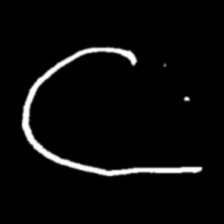
Pyu character \u2014 Myanmar letter: ဋ (romanized: tta)